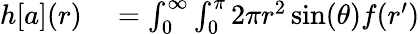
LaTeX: \begin{array}{rl}{h[a](r)}&{{}=\int_{0}^{\infty}\int_{0}^{\pi}2\pi r^{2}\sin(\theta)f(r^{\prime})}\end{array}